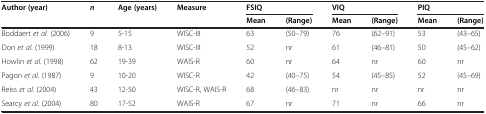
| <ROWSPAN=2> Author (year) | <ROWSPAN=2> n | <ROWSPAN=2> Age (years) | <ROWSPAN=2> Measure | <COLSPAN=2> FSIQ | <COLSPAN=2> VIQ | <COLSPAN=2> PIQ |
 | Mean | (Range) | Mean | (Range) | Mean | (Range) |
 | --- | --- | --- | --- | --- | --- | --- | --- | --- | --- |
 | Boddaert et al. (2006) | 9 | 5-15 | WISC-III | 63 | (50–79) | 76 | (62–91) | 53 | (43–65) |
 | Don et al. (1999) | 18 | 8-13 | WISC-III | 52 | nr | 61 | (46–81) | 50 | (45–62) |
 | Howlin et al. (1998) | 62 | 19-39 | WAIS-R | 60 | nr | 64 | nr | 60 | nr |
 | Pagon et al. (1987) | 9 | 10-20 | WISC-R | 42 | (40–75) | 54 | (45–85) | 52 | (45–69) |
 | Reiss et al. (2004) | 43 | 12-50 | WISC-R, WAIS-R | 68 | (46–83) | nr | nr | nr | nr |
 | Searcy et al. (2004) | 80 | 17-52 | WAIS-R | 67 | nr | 71 | nr | 66 | nr |